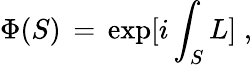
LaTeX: \Phi(S)\, =\, \exp[i\int_{S}L]\; ,